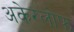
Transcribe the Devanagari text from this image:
अकेरलोफ